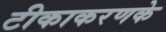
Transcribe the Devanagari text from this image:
टीकाकरणके